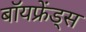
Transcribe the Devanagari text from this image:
बॉयफ्रेंड्स